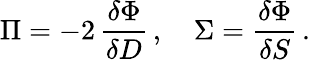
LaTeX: \Pi=-2\, \frac{\delta\Phi}{\delta D}\, ,\quad\Sigma=\frac{\delta\Phi}{\delta S}\, .